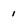
Character: 1